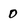
Character: 0